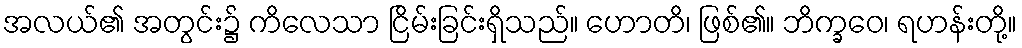
အလယ်၏ အတွင်း၌ ကိလေသာ ငြိမ်းခြင်းရှိသည်။ ဟောတိ၊ ဖြစ်၏။ ဘိက္ခဝေ၊ ရဟန်းတို့။